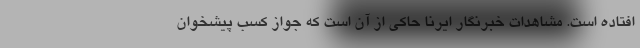
افتاده است. مشاهدات خبرنگار ایرنا حاکی از آن است که جواز کسب پیشخوان